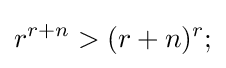
r^{r+n}>(r+n)^{r};